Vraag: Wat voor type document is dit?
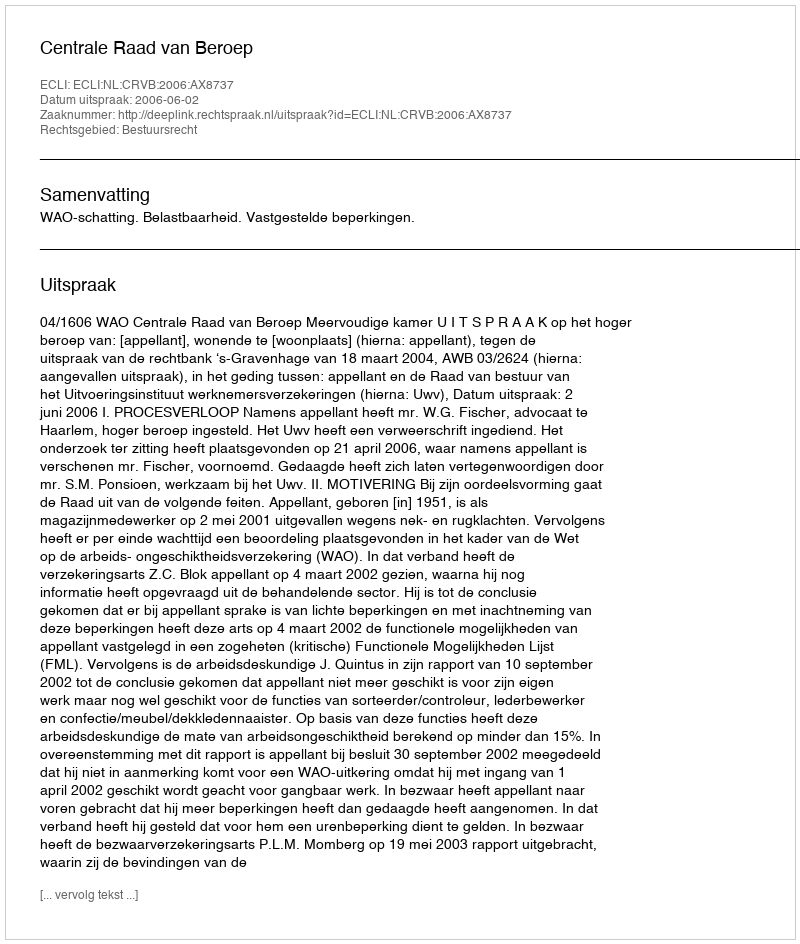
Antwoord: Uitspraak